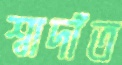
শ্বাদাঁত